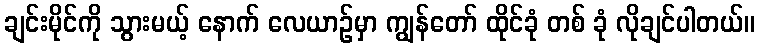
ချင်းမိုင်ကို သွားမယ့် နောက် လေယာဉ်မှာ ကျွန်တော် ထိုင်ခုံ တစ် ခုံ လိုချင်ပါတယ်။